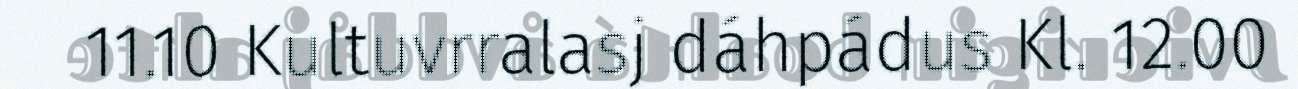
11.10 Kultuvrralasj dáhpádus Kl. 12.00